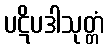
ပဋိပဒါသုတ္တံ